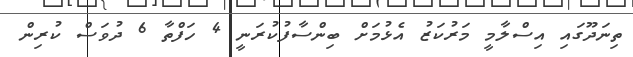
ތިނަދޫގައި އިސްލާމީ މަރުކަޒު އެޅުމަށް ބިންސާފުކުރަނީ 4 ހަފްތާ 6 ދުވަސް ކުރިން